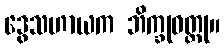
ဒွေသဟာယက ဘိက္ခုဝတ္ထု။